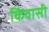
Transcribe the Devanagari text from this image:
किंवासी